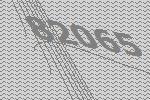
82065